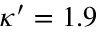
\kappa ^ { \prime } = 1 . 9